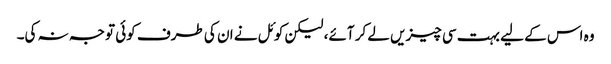
وہ اس کے لیے بہت سی چیزیں لے کر آئے، لیکن کوئل نے ان کی طرف کوئی توجہ نہ کی۔